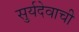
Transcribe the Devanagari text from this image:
सुर्यदेवाची